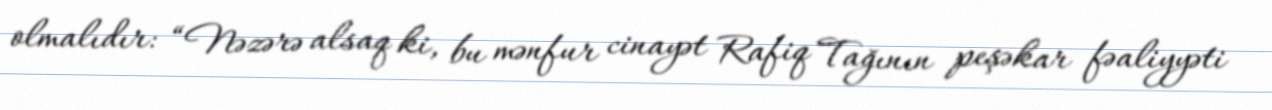
olmalıdır: “Nəzərə alsaq ki, bu mənfur cinayət Rafiq Tağının peşəkar fəaliyyəti